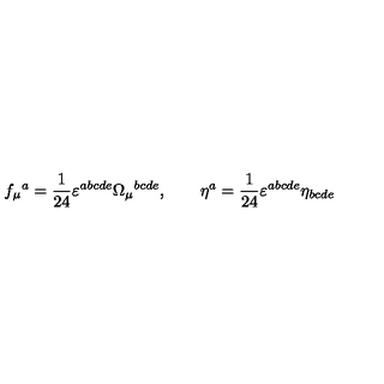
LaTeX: f _ { \mu } { } ^ { a } = \frac { 1 } { 2 4 } \varepsilon ^ { a b c d e } \Omega _ { \mu } { } ^ { b c d e } , \qquad \eta ^ { a } = \frac { 1 } { 2 4 } \varepsilon ^ { a b c d e } \eta _ { b c d e }